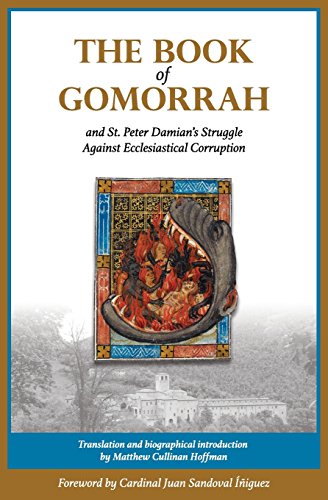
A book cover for The Book of Gomorrah and St. Peter Damian's Struggle Against Ecclesiastical Corruption; Peter Damian; History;